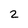
Character: 2